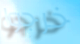
خرجوا